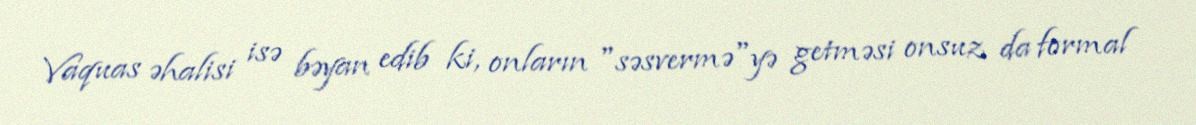
Vaquas əhalisi isə bəyan edib ki, onların "səsvermə"yə getməsi onsuz da formal